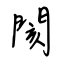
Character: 閡